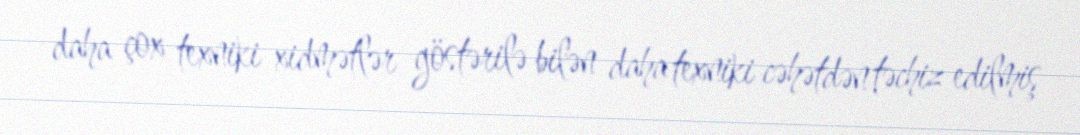
daha çox texniki xidmətlər göstərilə bilən daha texniki cəhətdən təchiz edilmiş